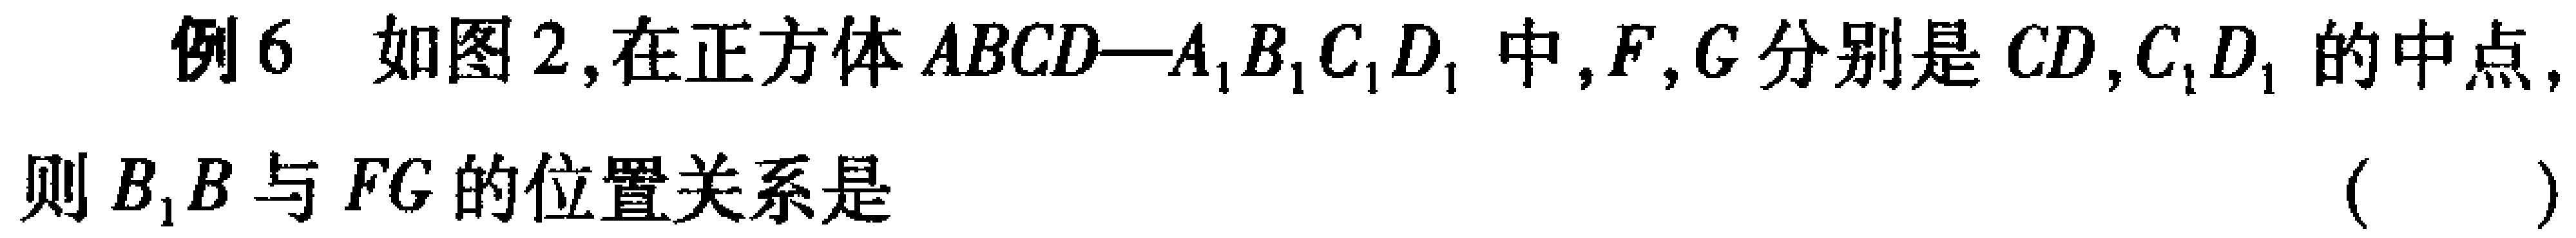
例6 如图2,在正方体\(ABCD—A_{1}B_{1}C_{1}D_{1}\)中,\(F,G\)分别是\(CD,C_{1}D_{1}\)的中点,则\(B_{1}B\)与\(FG\)的位置关系是 （  ）